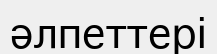
әлпеттері